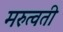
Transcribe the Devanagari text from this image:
मरुत्वती